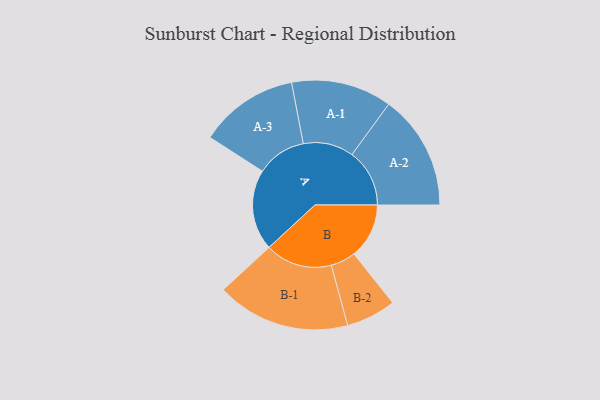
{"axis": {"x": "Segment", "y": "Value"}, "legend": ["", "A", "B"], "data": [{"x": "A", "y": 356, "type": ""}, {"x": "B", "y": 243, "type": ""}, {"x": "A-1", "y": 222, "type": "A"}, {"x": "A-2", "y": 254, "type": "A"}, {"x": "A-3", "y": 219, "type": "A"}, {"x": "B-1", "y": 295, "type": "B"}, {"x": "B-2", "y": 110, "type": "B"}]}